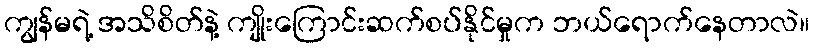
ကျွန်မရဲ့ အသိစိတ်နဲ့ ကျိုးကြောင်းဆက်စပ်နိုင်မှုက ဘယ်ရောက်နေတာလဲ။